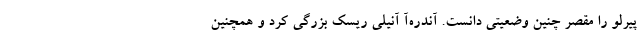
پیرلو را مقصر چنین وضعیتی دانست. آندره‌آ آنیلی ریسک بزرگی کرد و همچنین